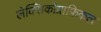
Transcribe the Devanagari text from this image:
लेक्सिकोग्राफ़िकल